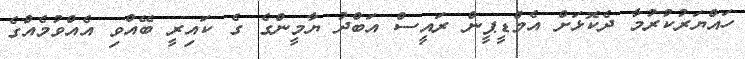
ހައްޔަރުކުރުމާ ދެކޮޅަށް އެމްޑީޕީން ރައީސް އަބްދު ޔާމީންގެ ގެ ކައިރީ ބޭއްވި އެއްވުމެއްގެ